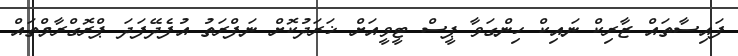
ފައިސާތައް ޒާރިކް ނައިކް ހިންގަވާ ޕީސް ޓީވީއަށް ޚަރަދުކޮށް ނަފްރަތު އުފެދޭފަދަ ޕްރޮގްރާމްތައް